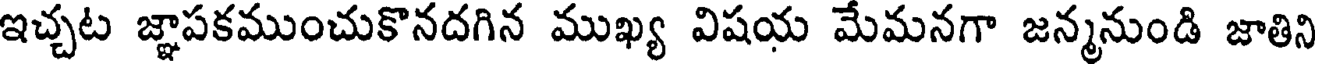
ఇచ్చట జ్ఞాపకముంచుకొనదగిన ముఖ్య విషయ మేమనగా జన్మనుండి జాతిని